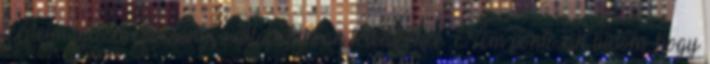
térdeim igazán kocsányos állapotukban leledzenek. Nem pontosan tudom, hogy